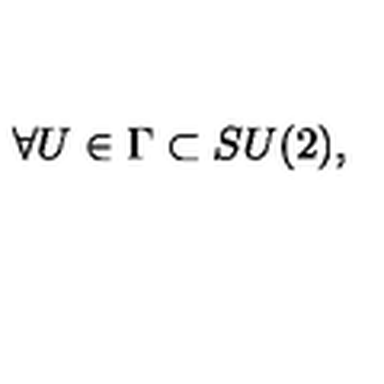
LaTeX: \forall U \in \Gamma \subset S U ( 2 ) ,